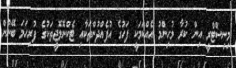
މިނިސްޓްރީ އިން ކުރާ މުހިންމު އެއްކަމަކީ ފަހުގެ އުފެއްދުންތަކާއި ޓެކްނޮލޮޖީތަކުގެ ފުރިހަމަ ބޭނުން